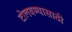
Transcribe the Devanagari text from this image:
टोलवण्यासाठी